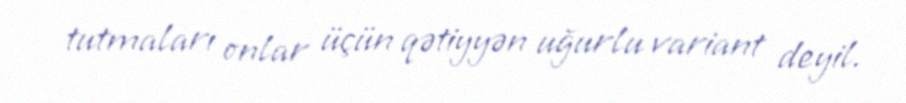
tutmaları onlar üçün qətiyyən uğurlu variant deyil.